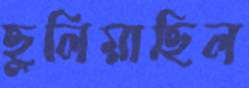
ছুলিয়াছিল